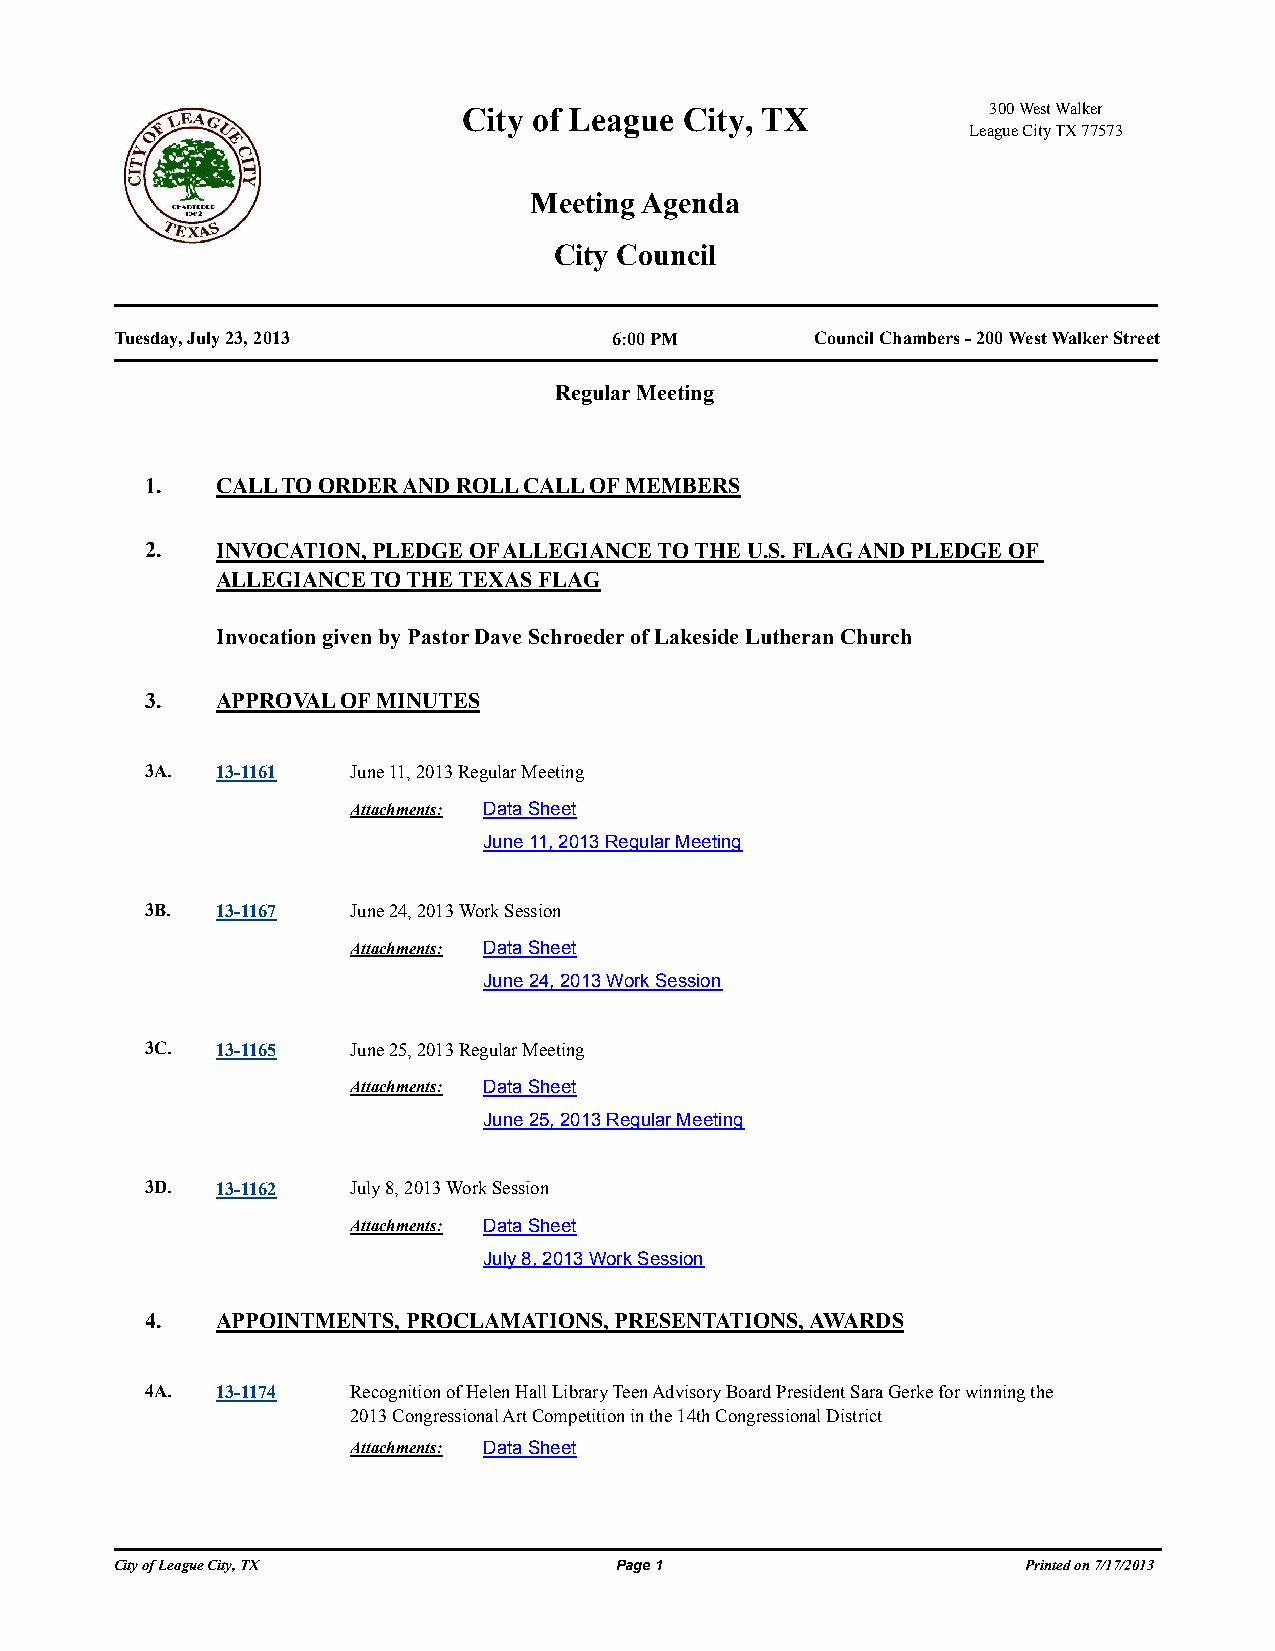
City of League City, TX            300 West Walker
 League City TX 77573
 Meeting Agenda
 City Council
 Tuesday, July 23, 2013          6:00 PM       Council Chambers - 200 West Walker Street
 Regular Meeting
 1.  CALL TO ORDER AND ROLL CALL OF MEMBERS
 2.  INVOCATION, PLEDGE OF ALLEGIANCE TO THE U.S. FLAG AND PLEDGE OF
 ALLEGIANCE TO THE TEXAS FLAG
 Invocation given by Pastor Dave Schroeder of Lakeside Lutheran Church
 3.  APPROVAL OF MINUTES
 3A. 13-1161  June 11, 2013 Regular Meeting
 Attachments: Data Sheet
 June 11, 2013 Regular Meeting
 3B. 13-1167  June 24, 2013 Work Session
 Attachments: Data Sheet
 June 24, 2013 Work Session
 3C. 13-1165  June 25, 2013 Regular Meeting
 Attachments: Data Sheet
 June 25, 2013 Regular Meeting
 3D. 13-1162  July 8, 2013 Work Session
 Attachments: Data Sheet
 July 8, 2013 Work Session
 4.  APPOINTMENTS, PROCLAMATIONS, PRESENTATIONS, AWARDS
 4A. 13-1174  Recognition of Helen Hall Library Teen Advisory Board President Sara Gerke for winning the
 2013 Congressional Art Competition in the 14th Congressional District
 Attachments: Data Sheet
 City of League City, TX          Page 1                     Printed on 7/17/2013